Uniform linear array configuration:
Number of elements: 48
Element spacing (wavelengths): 0.75
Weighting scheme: uniform
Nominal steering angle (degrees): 30
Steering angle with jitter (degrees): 30.051
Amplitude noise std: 0.05
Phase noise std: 0.05

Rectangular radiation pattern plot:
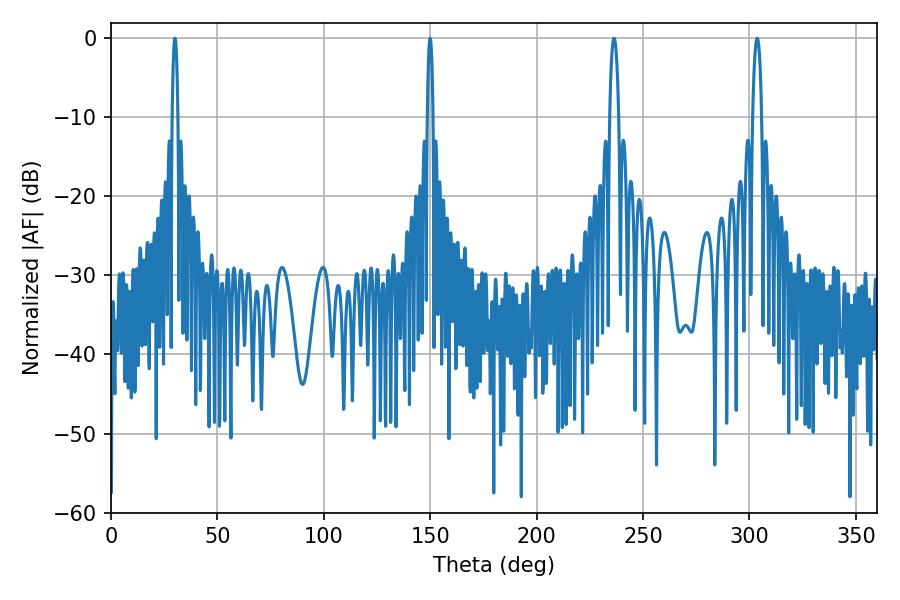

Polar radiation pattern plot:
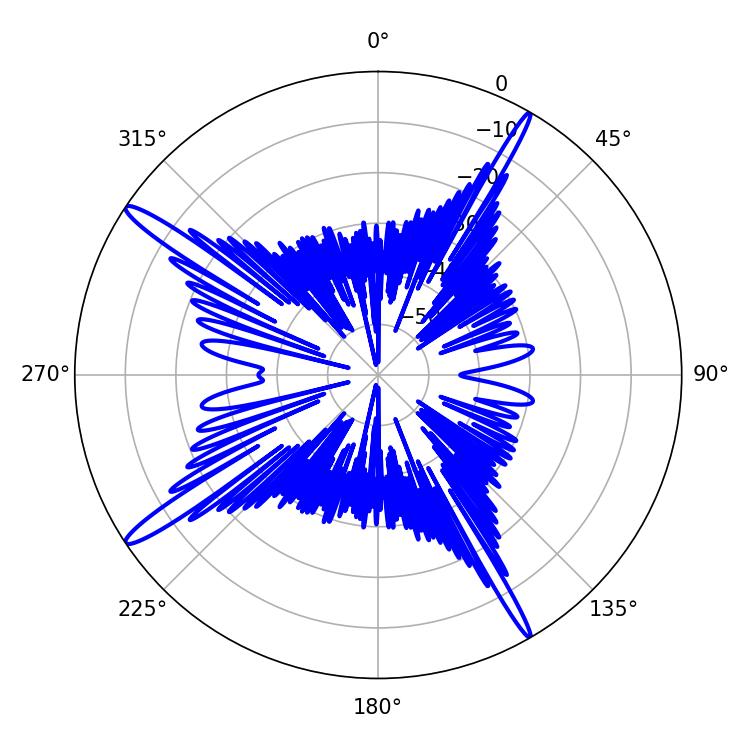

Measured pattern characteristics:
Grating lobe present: TRUE
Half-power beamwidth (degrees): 1.44
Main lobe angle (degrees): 30.06